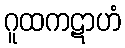
ဂူထကဋာဟံ